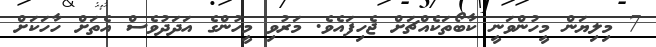
7 މިލިޔަން މީހުންވަނީ ކާބޯތަކެއްޗަށް ޖެހިފައެވެ. މަރުވި މީހުންގެ އަދަދުވެސް އެތަށް ހާހަކަށް